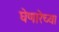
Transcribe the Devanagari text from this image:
घेणारेच्या